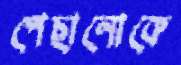
পেছানোকে